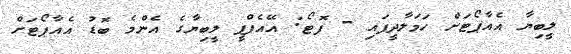
ލީބިޔާ އެއާޕޯޓަށް ހަމަލާދީފައި - ފޮޓޯ: އޭއެފްޕީ ލީބިޔާގެ އެންމެ ބޮޑު އެއާޕޯޓަށް